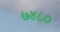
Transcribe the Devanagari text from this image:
७४८०